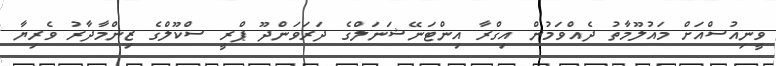
ވީނިއުސްއަށް މައުލޫމާތު ދެއްވަމުން އިގްރާ އިންޓަނޭޝަނަލްގެ ދަރަވަންދޫ ޕްރީ ސްކޫލްގެ ޒިންމާދާރު ވެރިޔާ